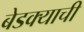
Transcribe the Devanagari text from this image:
बेडक्याची